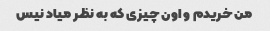
من خریدم و اون چیزی که به نظر میاد نیس